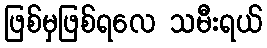
ဖြစ်မှဖြစ်ရလေ သမီးရယ်